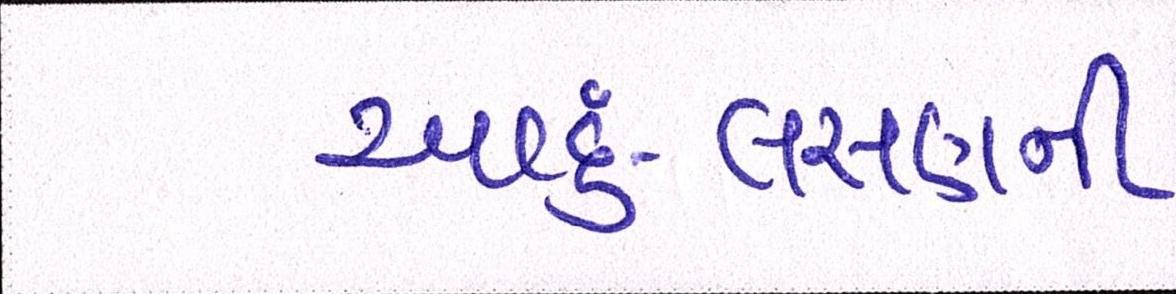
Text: આદું-લસણની